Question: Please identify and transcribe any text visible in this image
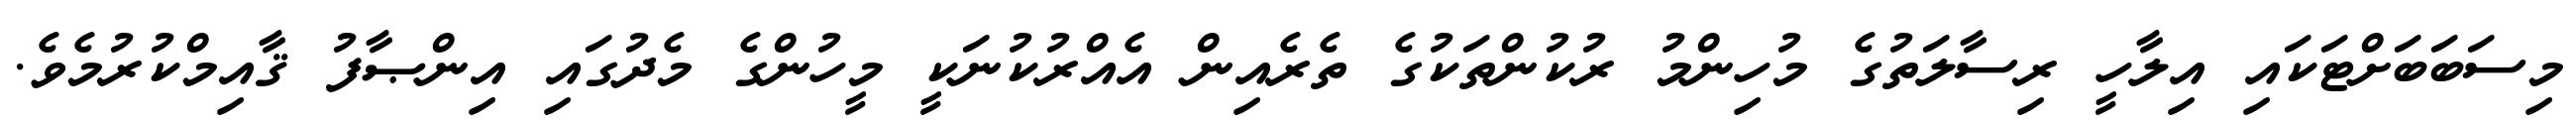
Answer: މިސަބަބަށްޓަކައި އިލާހީ ރިސާލަތުގެ މުހިންމު ރުކުންތަކުގެ ތެރެއިން އެއްރުކުނަކީ މީހުންގެ މެދުގައި އިންޞާފު ޤާއިމްކުރުމެވެ.